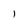
Character: l